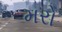
મરો